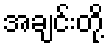
အချင်းတို့